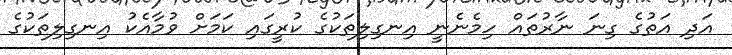
އަދި އަތުގެ ގިނަ ނާރުތައް ހިމެނެނީ އިނގިލިތަކުގެ ކުރީގައި ކަމަށް ވުމާއެކު އިނގިލިތަކުގެ